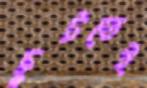
ছুটতেই